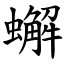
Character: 蠏